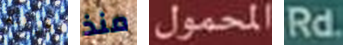
فرقته منذ المحمول Rd